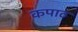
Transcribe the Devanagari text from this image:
कपाठ